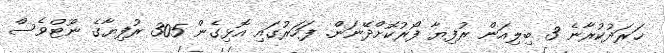
ޚަރަދުކުރާނެ 3 ބިލިއަން ރުފިޔާ ފޯރުކޮށްދޭނަން. ފަހަރުގައި އޮޅިގެން 305 ރުފިޔާގެ ނޫޓްވެސް